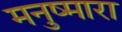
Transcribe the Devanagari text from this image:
मनुष्मारा